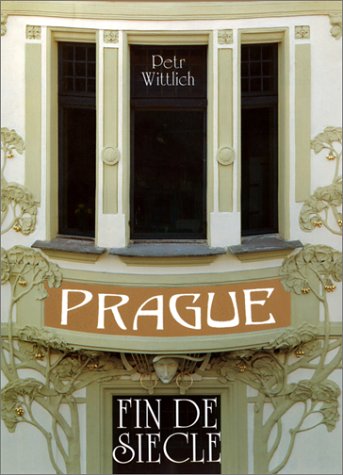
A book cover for Prague: Fin De Siecle; Petr Wittlich; Travel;